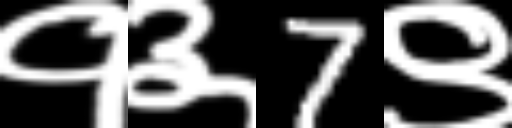
Text: १३7९